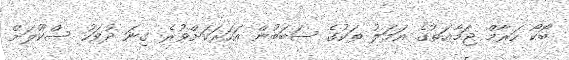
ބޯކޯ ހަރާމް ޖަމާޢަތުގެ އަމަލު ތަކުގެ ސަބަބުން އަހަރަކަށްވުރެ ގިނަ ދުވަހު ސްކޫލަށް